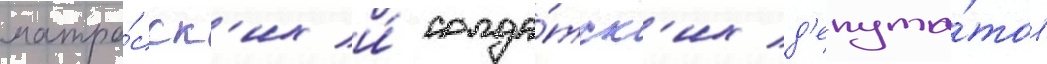
матро́сск'их и́ солда́тск'их д'епута́тов